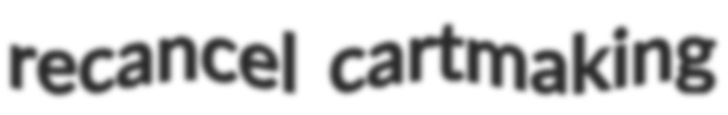
recancel cartmaking